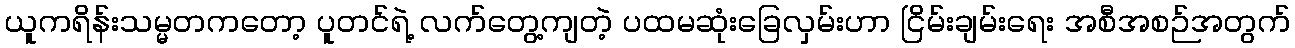
ယူကရိန်းသမ္မတကတော့ ပူတင်ရဲ့ လက်တွေ့ကျတဲ့ ပထမဆုံးခြေလှမ်းဟာ ငြိမ်းချမ်းရေး အစီအစဉ်အတွက်